Reports on military cantonments and civil stations in the Presidency of Bombay inspected by the Sanitary Commissioner in the years 1875 and 1876
Year: 1875
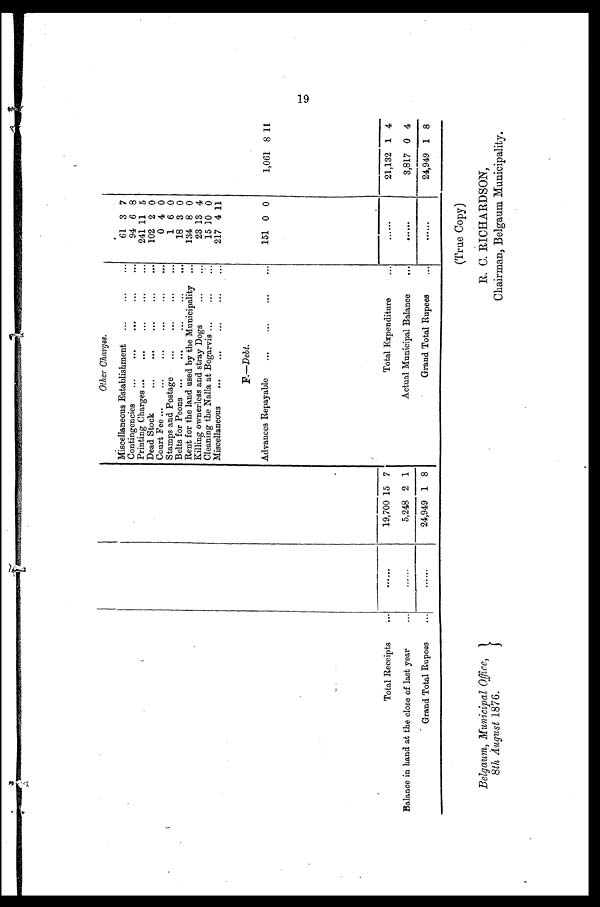
Belgaum, Municipal Office,
8th August 1876.
(True Copy)
R. C. RICHARDSON,
Chairman, Belgaum Municipality.
Other Charges.
Miscellaneous Establishment ...
...
...
61 3 7
Contingencies ...
...
...
...
. . .
94 6 8
Printing Charges
...
...
...
...
. . .
241 11 5
Dead Stock
...
...
...
...
. . .
102 2 0
Court Fee ...
...
...
...
...
. . .
0 4 0
Stamps and Postage
...
...
. . .
. . .
1 6 0
Belts for Peons ...
...
...
...
...
18 3 0
Rent for the land used by the Municipality ...
134 8 0
Killing ownerless and stray Dogs
...
. . .
23 13 4
Cleaning the Nalla at Bogarvis ...
...
. . .
. . .
15 1 0 0
Miscellaneous
...
...
...
...
. . .
217 4 11
F.—Debt.
Advances Repayable
...
...
...
...
151 0 0
1,061 8 11
Total Receipts
. . .
. . . . . .
19,700 15 7
......
21,132 1 4
Total Expenditure
...
Balance in hand at the close of last year
...
......
5,248 2 1
Actual Municipal Balance
. . .
. . . . . . .
3,817 0 4
Grand Total Rupees
...
......
24,949 1 8
Grand Total Rupees
...
......
24,949 1 8
19